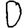
Digit: 0